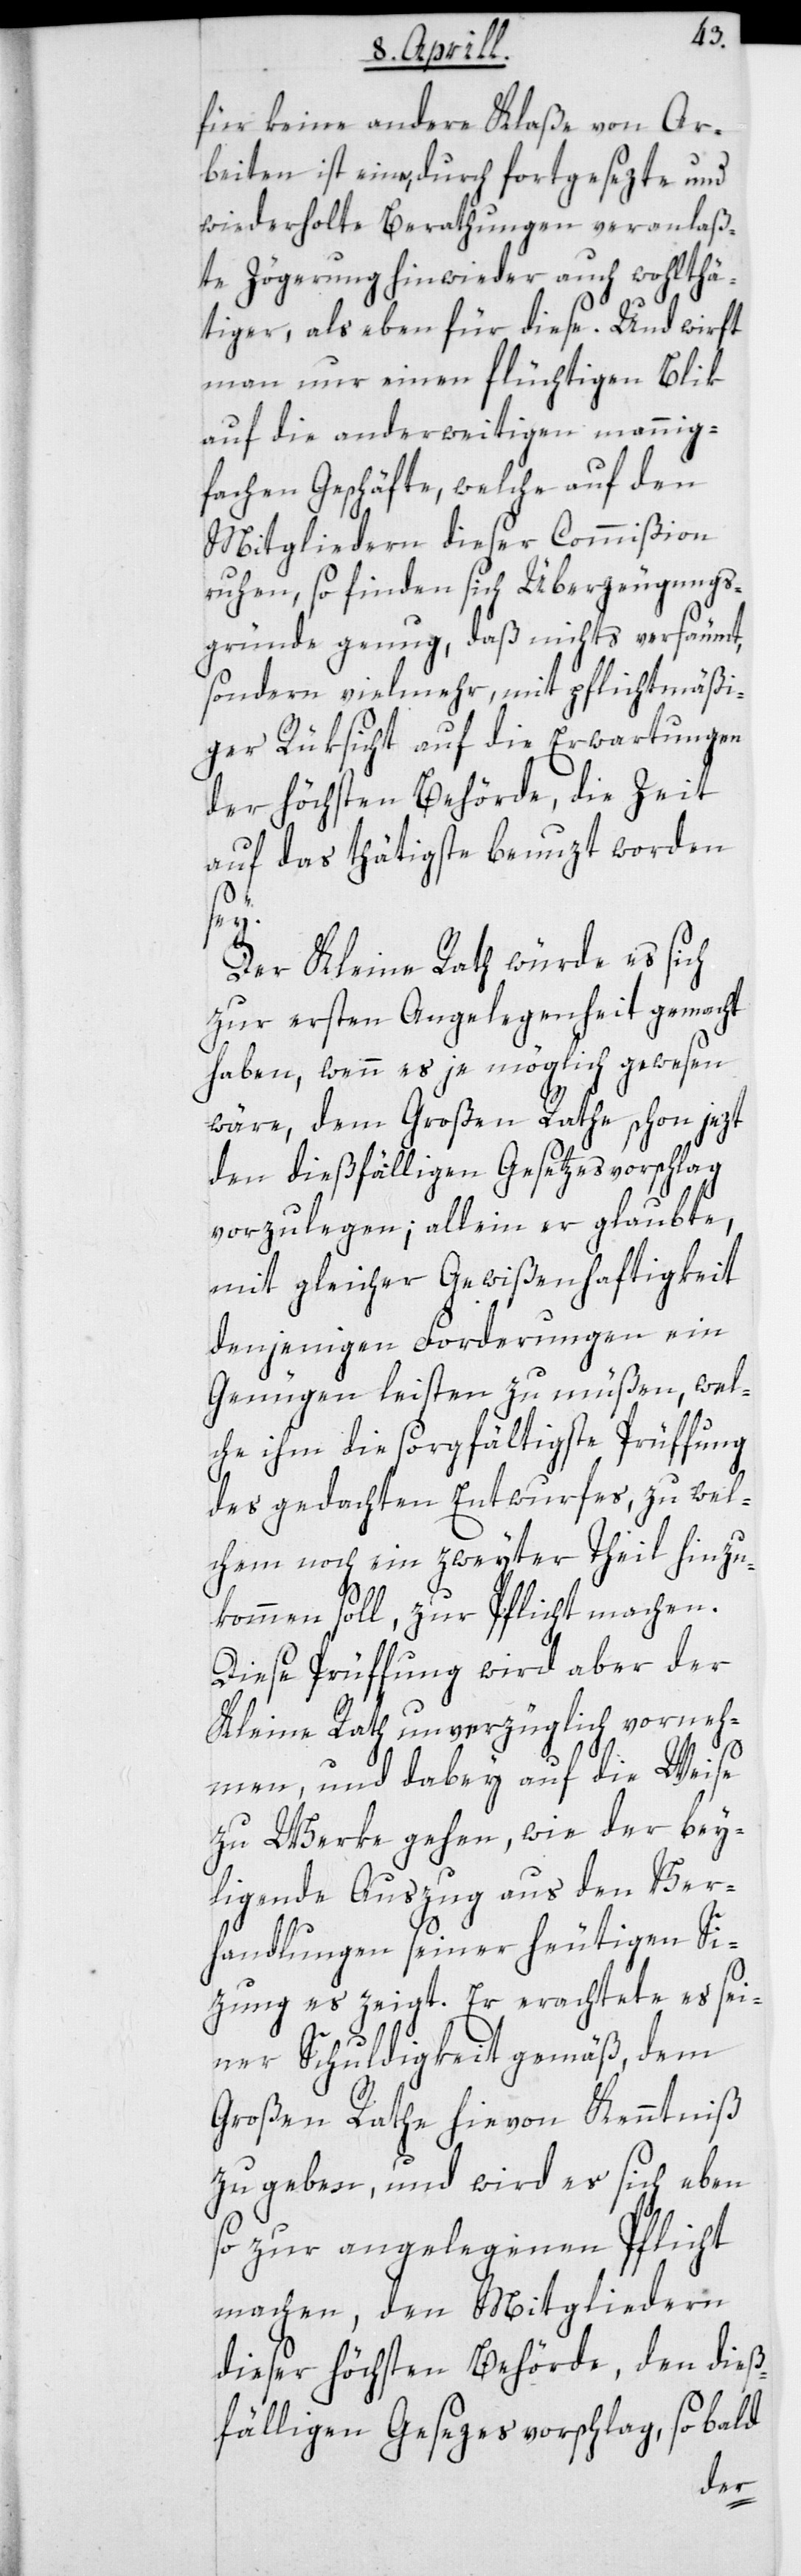
für keine andere Klasse von Ar¬
beiten ist eine, durch fortgesezte und
wiederholte Berathungen veranlaß¬
te Zögerung hinwieder auch wohlthä¬
tiger, als eben für diese. Und wirft
man nur einen flüchtigen Blik
auf die anderweitigen mannig¬
fachen Geschäfte, welche auf den
Mitgliedern dieser Commißion
ruhen, so finden sich Überzeugungs¬
gründe genug, daß nichts versäumt,
sondern vielmehr mit pflichtmäßi¬
ger Rüksicht auf die Erwartungen
der höchsten Behörde, die Zeit
auf das thätigste benuzt worden
Der Kleine Rath würde es sich
zur ersten Angelegenheit gemacht
haben, wenn es je möglich gewesen
wäre, dem Großen Rathe schon jetzt
den dießfälligen Gesetzesvorschlag
vorzulegen; allein er glaubte,
mit gleicher Gewißenhaftigkeit
denjenigen Forderungen ein
Genügen leisten zu müßen, wel¬
che ihm die sorgfältigste Prüffung
des gedachten Entwurfes, zu wel¬
chem noch ein zweyter Theil hinzu¬
kommen soll, zur Pflicht machen.
Diese Prüffung wird aber der
Kleine Rath unverzüglich vorneh¬
men und dabey auf die Weise
zu Werke gehen, wie der bey¬
liegende Auszug aus den Ver¬
handlungen seiner heutigen Si¬
zung es zeigt. Er erachtete es sei¬
ner Schuldigkeit gemäß, dem
Großen Rathe hievon Kenntniß
zu geben, und wird er sich eben
so zur angelegenen Pflicht
machen, den Mitgliedern
dieser höchsten Behörde, den dieß¬
fälligen Gesezesvorschlag, sobald